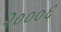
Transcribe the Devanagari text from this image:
२०००६